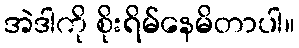
အဲဒါကို စိုးရိမ်နေမိတာပါ။